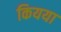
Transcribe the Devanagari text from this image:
कियया